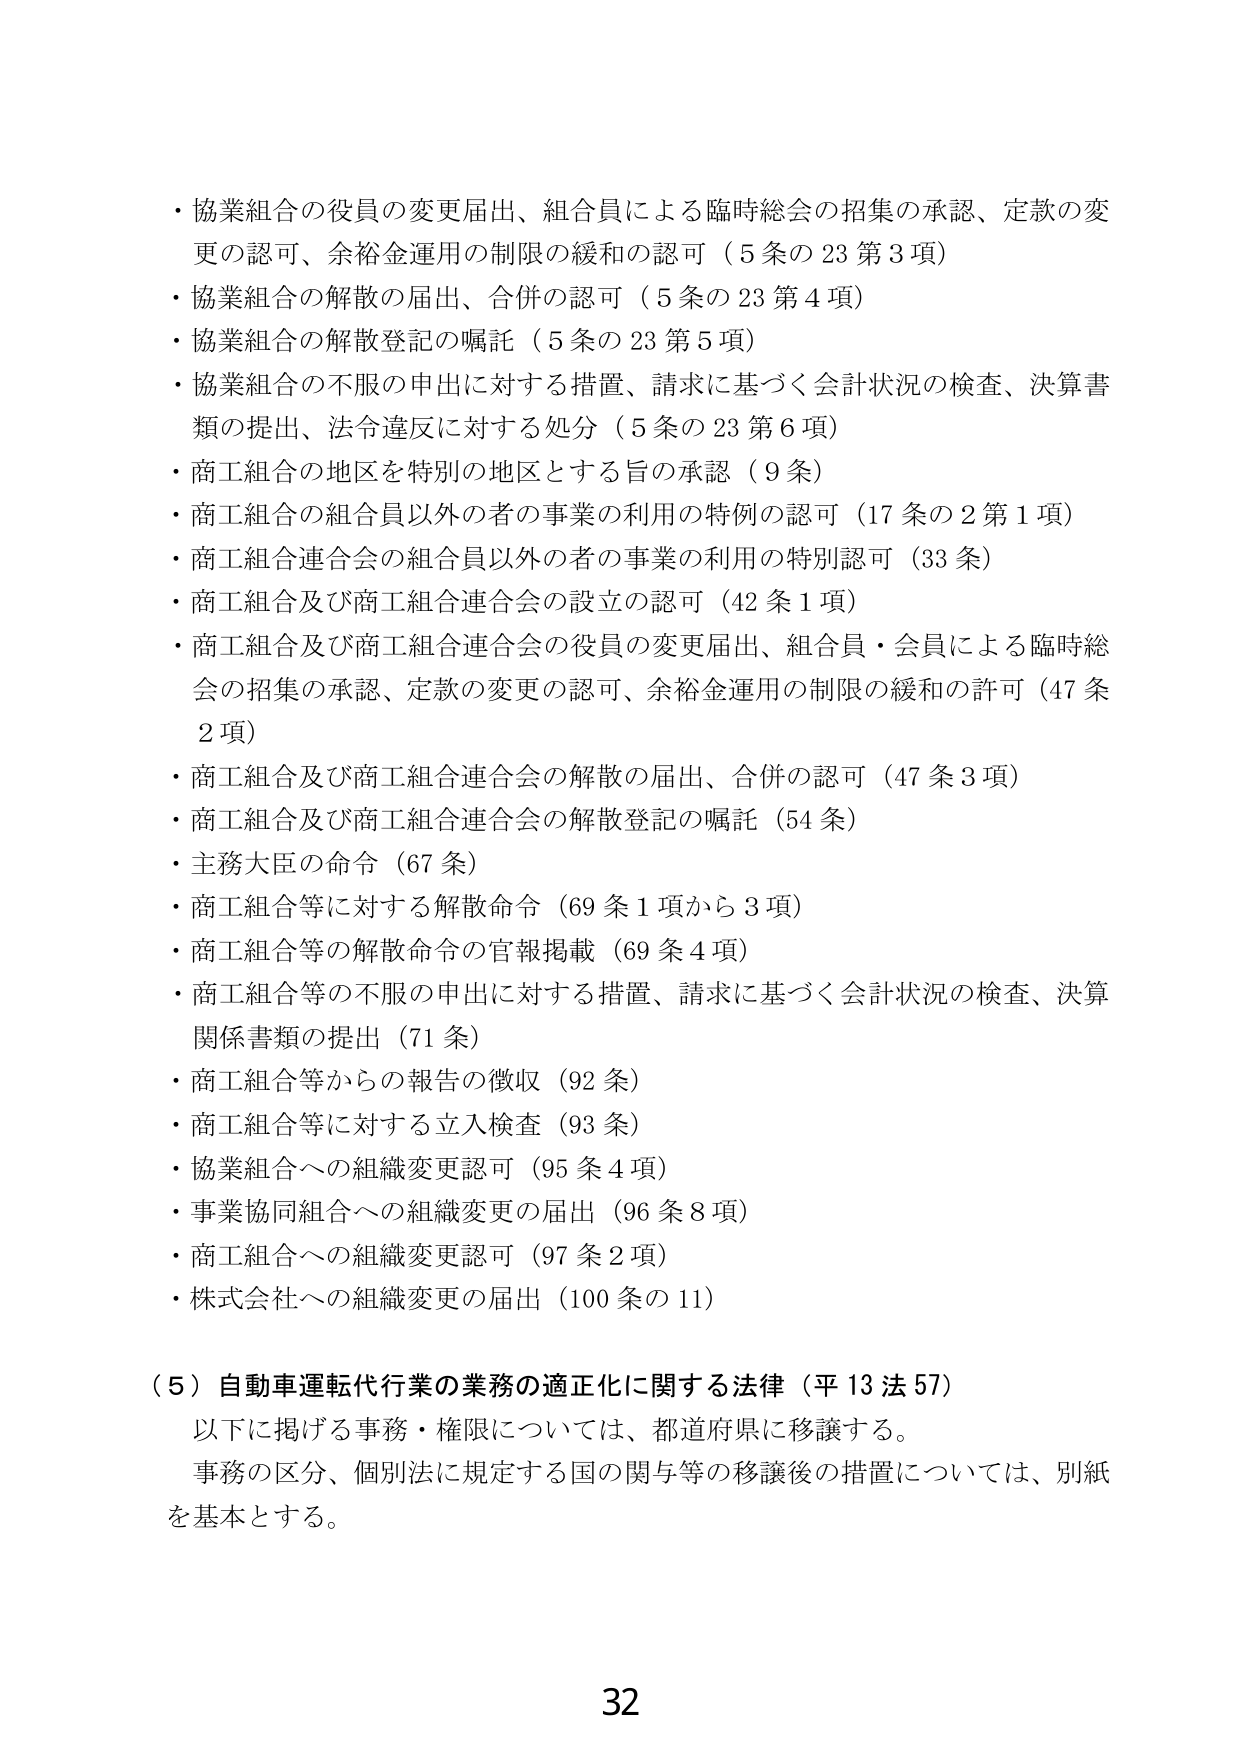
・協業組合の役員の変更届出、組合員による臨時総会の招集の承認、定款の変更の認可、余裕金運用の制限の緩和の認可（5条の23第3項）
・協業組合の解散の届出、合併の認可（5条の23第4項）
・協業組合の解散登記の嘱託（5条の23第5項）
・協業組合の不服の申出に対する措置、請求に基づく会計状況の検査、決算書類の提出、法令違反に対する処分（5条の23第6項）
・商工組合の地区を特別の地区とする旨の承認（9条）
・商工組合の組合員以外の者の事業の利用の特例の認可（17条の2第1項）
・商工組合連合会の組合員以外の者の事業の利用の特別認可（33条）
・商工組合及び商工組合連合会の設立の認可（42条1項）
・商工組合及び商工組合連合会の役員の変更届出、組合員・会員による臨時総会の招集の承認、定款の変更の認可、余裕金運用の制限の緩和の許可（47条2項）
・商工組合及び商工組合連合会の解散の届出、合併の認可（47条3項）
・商工組合及び商工組合連合会の解散登記の嘱託（54条）
・主務大臣の命令（67条）
・商工組合等に対する解散命令（69条1項から3項）
・商工組合等の解散命令の官報掲載（69条4項）
・商工組合等の不服の申出に対する措置、請求に基づく会計状況の検査、決算関係書類の提出（71条）
・商工組合等からの報告の徴収（92条）
・商工組合等に対する立入検査（93条）
・協業組合への組織変更認可（95条4項）
・事業協同組合への組織変更の届出（96条8項）
・商工組合への組織変更認可（97条2項）
・株式会社への組織変更の届出（100条の11）

（5）自動車運転代行業の業務の適正化に関する法律（平13法57）
　以下に掲げる事務・権限については、都道府県に移譲する。
　事務の区分、個別法に規定する国の関与等の移譲後の措置については、別紙を基本とする。

32